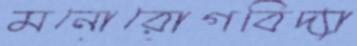
মনোরোগবিদ্যা